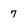
Character: 7